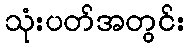
သုံးပတ်အတွင်း